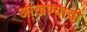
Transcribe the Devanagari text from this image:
आखण्याची